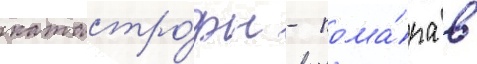
катастро́фы - пожа́ра в